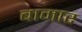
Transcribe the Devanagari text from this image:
बामार